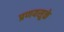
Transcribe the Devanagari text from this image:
प्रणयसूक्ते